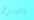
بالمنزل